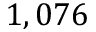
1 , 0 7 6